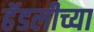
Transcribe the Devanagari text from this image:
हॅडलीच्या